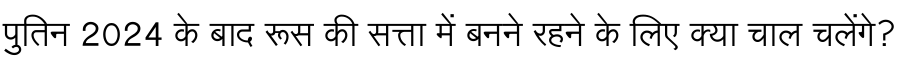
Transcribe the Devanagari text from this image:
पुतिन 2024 के बाद रूस की सत्ता में बनने रहने के लिए क्या चाल चलेंगे?